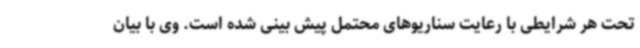
تحت هر شرایطی با رعایت سناریوهای محتمل پیش بینی شده است. وی با بیان